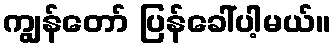
ကျွန်တော် ပြန်ခေါ်ပါ့မယ်။